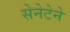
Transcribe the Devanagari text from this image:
सेनेटेने